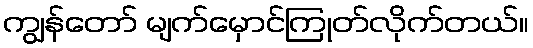
ကျွန်တော် မျက်မှောင်ကြုတ်လိုက်တယ်။